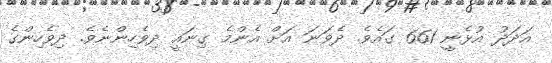
އަދަދު އުޅެނީ 661 ގައެވެ. ދެވަނަ އަށް އެންމެ ގިނައީ ދިވެހިންނެވެ. ދިވެހިންގެ